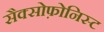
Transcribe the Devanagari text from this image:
सैक्सोफ़ोनिस्ट